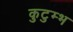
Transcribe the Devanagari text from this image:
कुटुम्भ